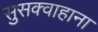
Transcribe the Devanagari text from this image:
सुसक्वाहाना